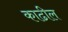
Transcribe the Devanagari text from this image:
काढील